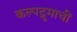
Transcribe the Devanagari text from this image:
कल्पद्रुमाचीं